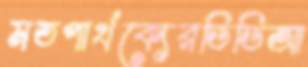
মতপার্থক্যেরডিডিআ